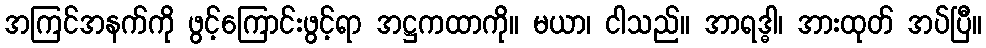
အကြင်အနက်ကို ဖွင့်ကြောင်းဖွင့်ရာ အဋ္ဌကထာကို။ မယာ၊ ငါသည်။ အာရဒ္ဓါ၊ အားထုတ် အပ်ပြီ။